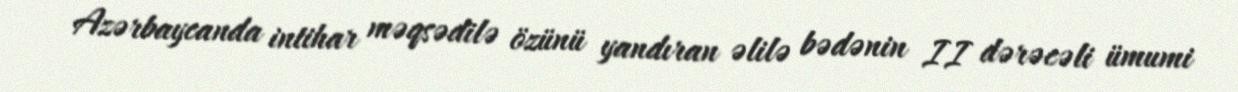
Azərbaycanda intihar məqsədilə özünü yandıran əlilə bədənin II dərəcəli ümumi